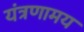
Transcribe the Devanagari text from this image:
यंत्रणामय